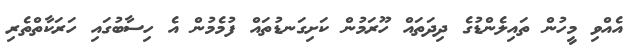
އެއްވި މީހުން ތައިލެންޑުގެ ދިދަތައް ހޫރަމުން ކަށިގަނޑުތައް ފުމެމުން އެ ހިސާބުގައި ހަރަކާތްތެރި